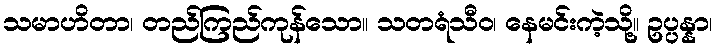
သမာဟိတာ၊ တည်ကြည်ကုန်သော။ သတရံသီဝ၊ နေမင်းကဲ့သို့။ ဥပ္ပန္နာ၊